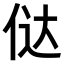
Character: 𠉂